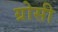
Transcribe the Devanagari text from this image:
ग्रोसी